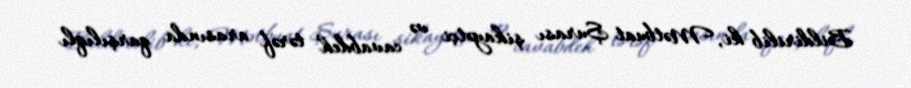
Bildirilib ki, Mətbuat Şurası şikayətçi və cavabdeh tərəf arasında qarşılıqlı